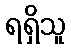
ရရှိသူ